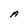
Character: A